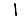
Digit: 1